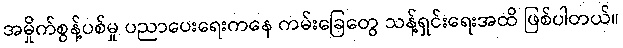
အမှိုက်စွန့်ပစ်မှု ပညာပေးရေးကနေ ကမ်းခြေတွေ သန့်ရှင်းရေးအထိ ဖြစ်ပါတယ်။